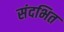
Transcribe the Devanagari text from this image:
संदभित